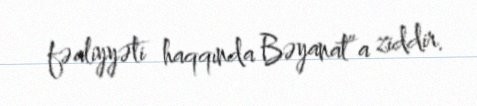
fəaliyyəti haqqında Bəyanat”a ziddir.